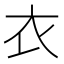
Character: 衣